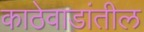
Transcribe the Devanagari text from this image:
काठेवाडांतील